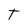
Character: T